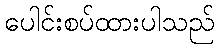
ပေါင်းစပ်ထားပါသည်